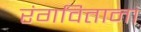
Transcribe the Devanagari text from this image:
रंगविताना